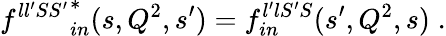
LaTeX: {f^{ll^{\prime}SS^{\prime}}}_{in}^{*}(s,Q^{2},s^{\prime})=f_{in}^{l^{\prime}lS^{\prime}S}(s^{\prime},Q^{2},s)\; .